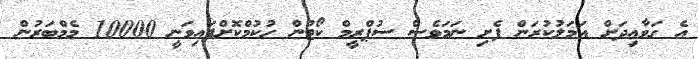
އެ ގަވާއިދަށް އަމަލުކުރަން ފެށި ނަމަވެސް ސުޕްރީމް ކޯޓުން ހުކުމްކޮށްފައިވަނީ 10000 މެމްބަރުން